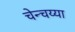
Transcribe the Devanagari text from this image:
चेन्चय्या